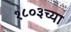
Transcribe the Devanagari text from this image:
१८०३च्या